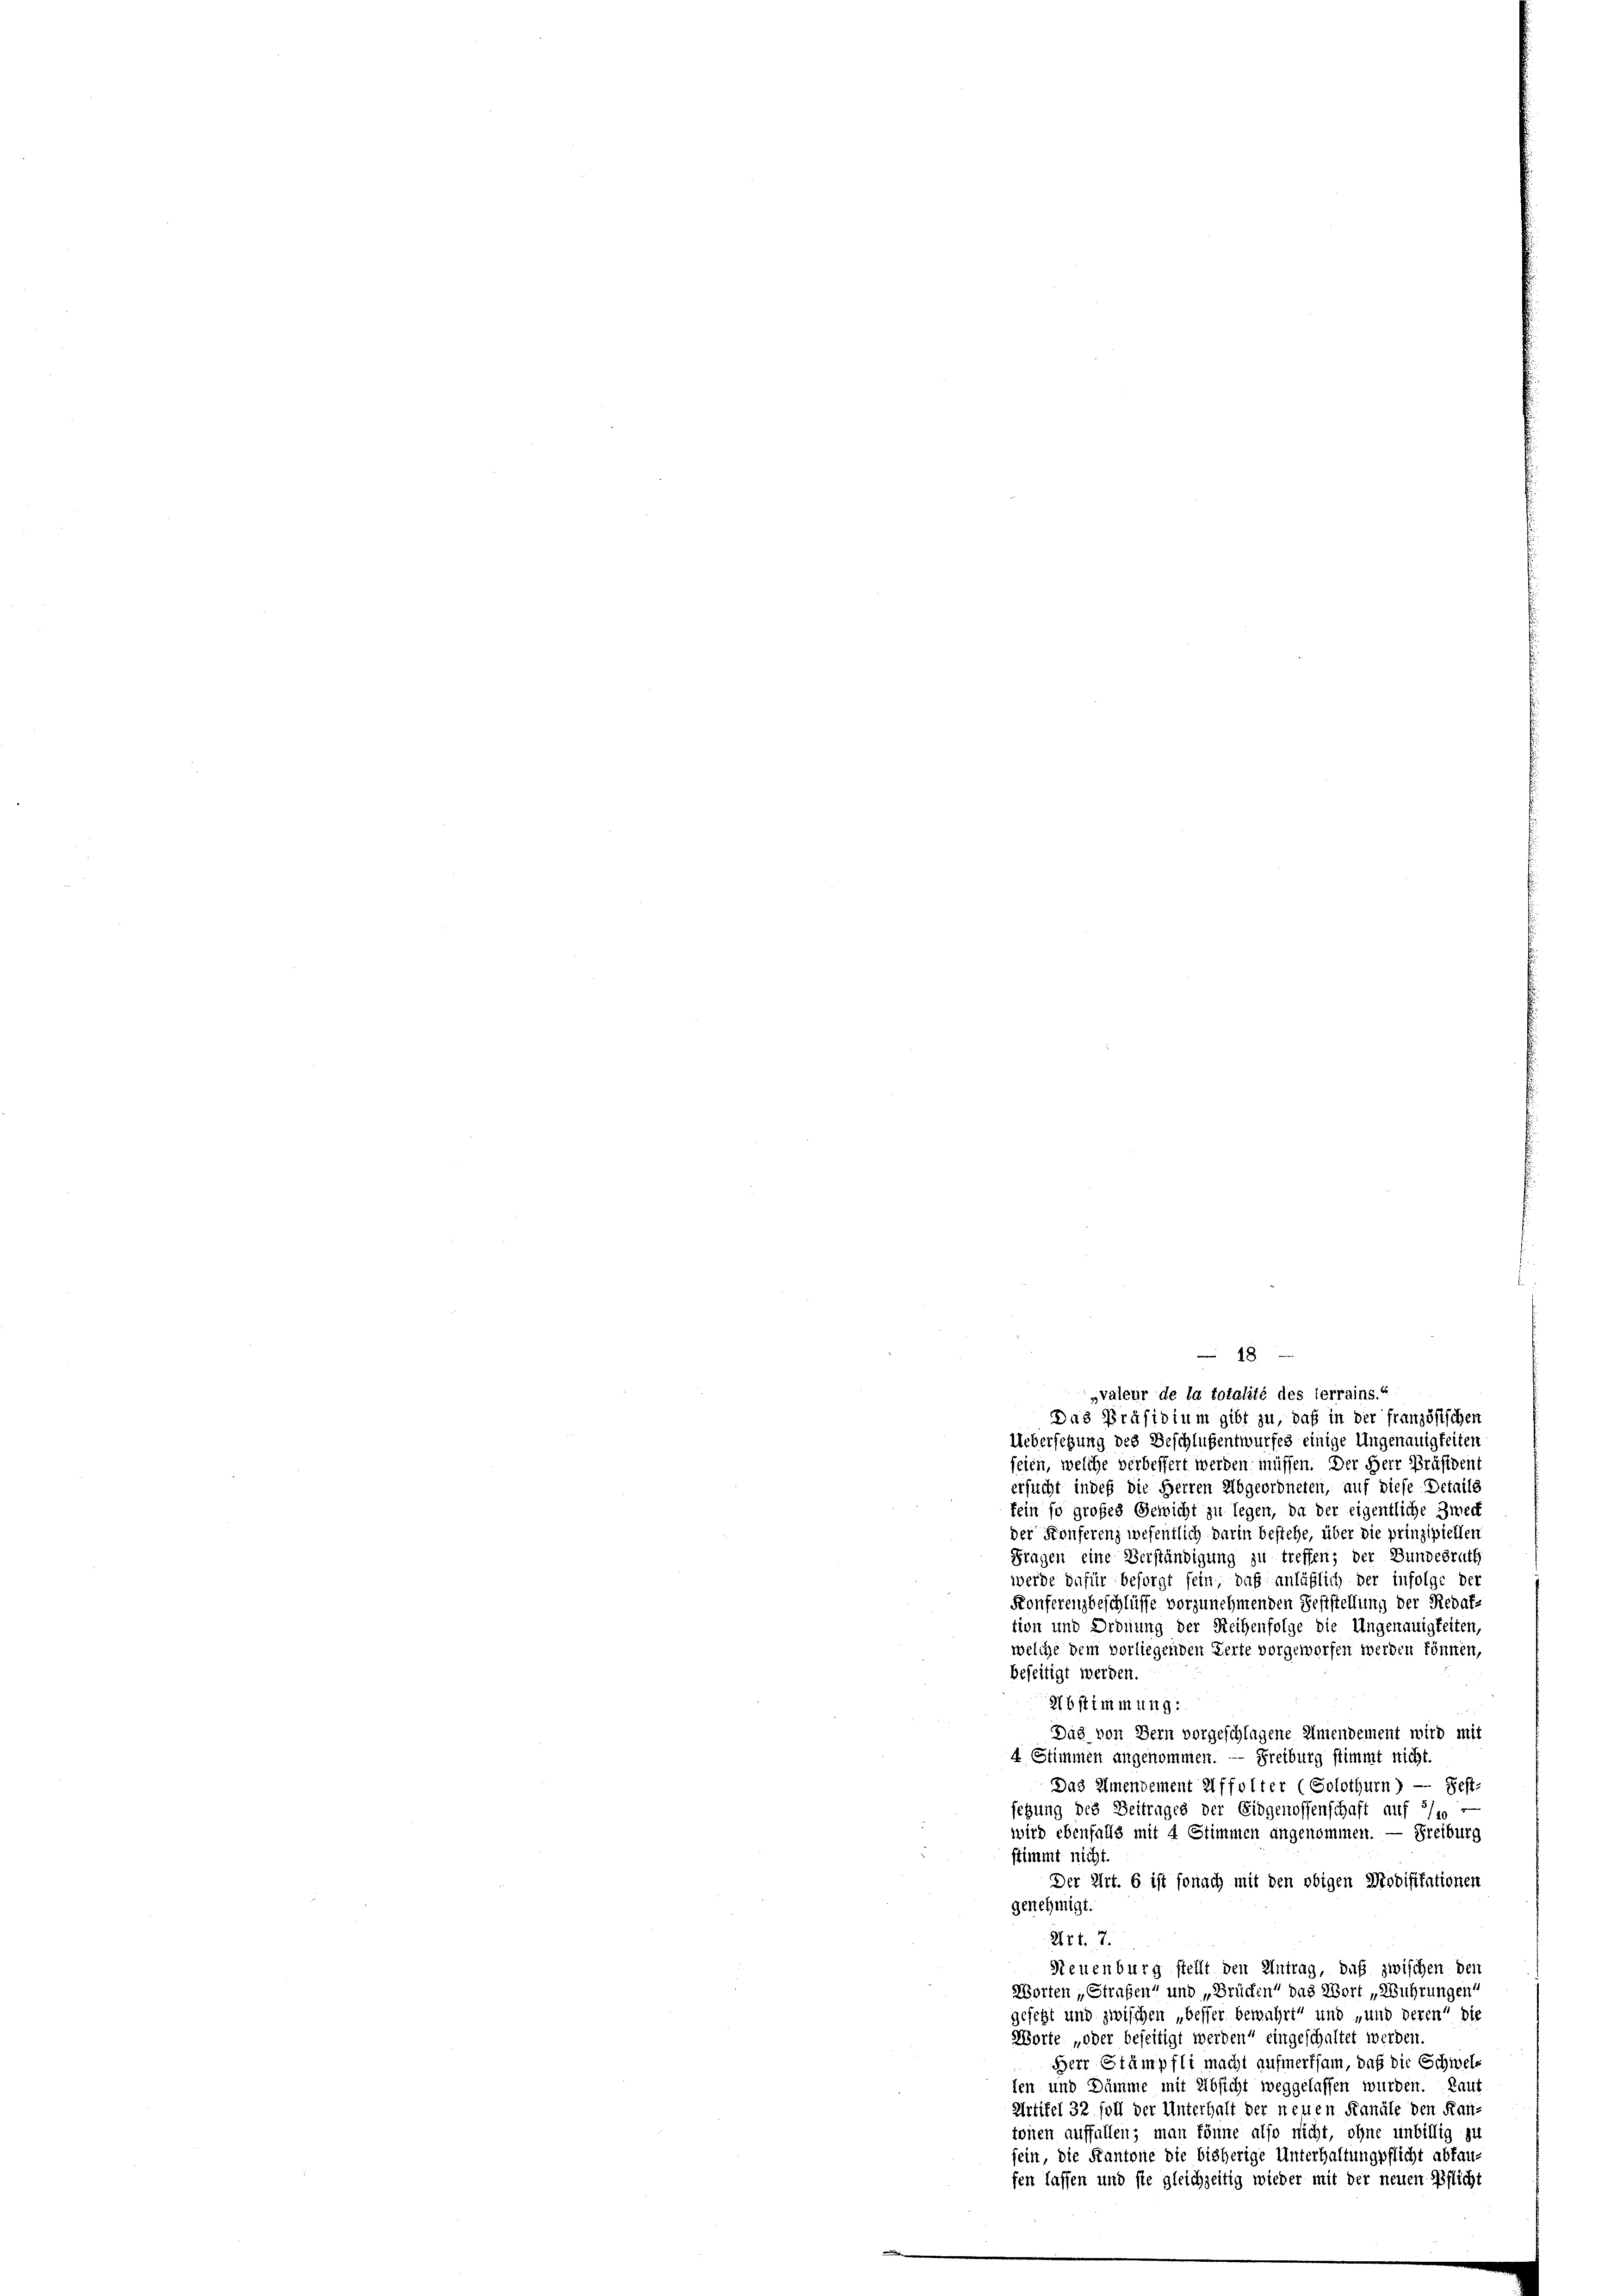
18

„valeur de la totalité des lerrains.“
Das Präsidium gibt zu, daß in der französischen
Uebersetzung des Beschlußentwurfes einige Ungenauigkeiten
seien, welche verbessert werden müssen. Der Herr Präsiden
ersucht indeß die Herren Abgeordneten, auf diese Details
kein so großes Gewicht zu legen, da der eigentliche Zweck
der Konferenz wesentlich darin bestehe, über die prinzipiellen
Fragen eine Verständigung zu treffen; der Bundesraths
werde dafür besorgt sein, daß anläßlich der infolge der
Konferenzbeschlüsse vorzunehmenden Feststellung der Redak-
tion und Ordnung der Reihenfolge die Ungenauigkeiten,
welche dem vorliegenden Herte vorgeworfen werden können,
beseitigt werden.
Abstimmung:
Das von Bern vorgeschlagene Almendement wird mit
4 Stimmen angenommen. Freiburg stimmt nicht.
Das Amendement Affolter (Solothurn) — Fest-
setzung des Beitrages der Eidgenossenschaft auf 1/10 —
wird ebenfalls mit 4 Stimmen angenommen. — Freiburg
stimmt nicht.
Der Art. 6 ist sonach mit den obigen Modifikationen
genehmigt.
2121. 7.
Neuenburg stellt den Antrag, daß zwischen den
Worten „Strafen und „Brücken“ das Wort „Wührungen“
gesetzt und zwischen „besser bewahrt“ und „und deren die
Worte „oder beseitigt werden“ eingeschaltet werden.
Herr Stämpfli macht aufmerksam, daß die Schwellen und Dämme mit Absicht weggelassen wurden. Laut
Artikel 32 soll der Unterhalt der neuen Kanäle den Kan-
tonen auffallen; man könne also nicht, ohne unbillig zu
sein, die Kantone die bisherige Unterhaltungpflicht abfan-
fen lassen und sie gleichzeitig wieder mit der neuen Pflicht